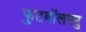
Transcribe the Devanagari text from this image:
फुटबॉलपटु